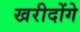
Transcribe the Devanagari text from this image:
खरीदोंगे